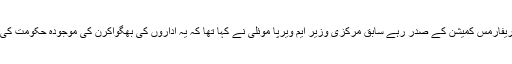
ایڈمنسٹریٹو ریفارمس کمیشن کے صدر رہے سابق مرکزی وزیر ایم ویرپا موئلی نے کہا تھا کہ یہ اداروں کی بھگواکرن کی موجودہ حکومت کی کوشش ہے۔